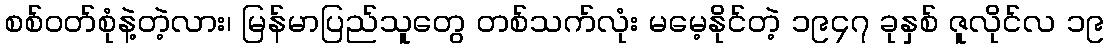
စစ်ဝတ်စုံနဲ့တဲ့လား၊ မြန်မာပြည်သူတွေ တစ်သက်လုံး မမေ့နိုင်တဲ့ ၁၉၄၇ ခုနှစ် ဇူလိုင်လ ၁၉